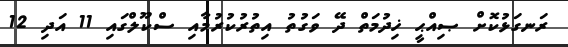
ރަނގަޅުކޮށް ޞިއްޙީ ޚިދުމަތް ދޭ ވަގުތު އިތުރުކުރުމާއި ސްކޫލްގައި 11 އަދި 12